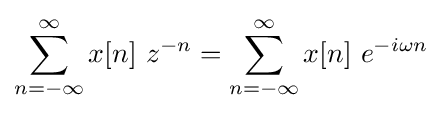
\sum _{n=-\infty }^{\infty }x[n]\ z^{-n}=\sum _{n=-\infty }^{\infty }x[n]\ e^{-i\omega n}